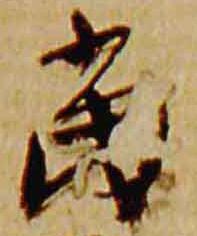
当